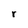
Character: r